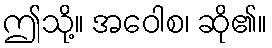
ဤသို့။ အဝေါစ၊ ဆို၏။